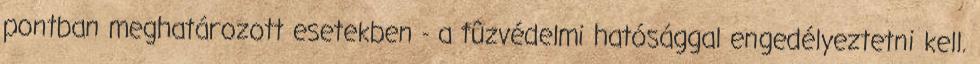
pontban meghatározott esetekben - a tûzvédelmi hatósággal engedélyeztetni kell.